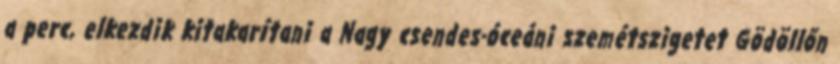
a perc, elkezdik kitakarítani a Nagy csendes-óceáni szemétszigetet Gödöllőn